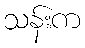
သန်းက